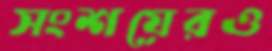
সংশয়েরও